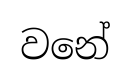
වනේ